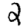
Digit: 2